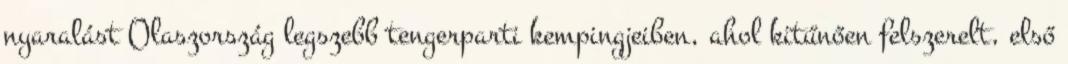
nyaralást Olaszország legszebb tengerparti kempingjeiben, ahol kitűnően felszerelt, első